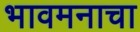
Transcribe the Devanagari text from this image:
भावमनाचा